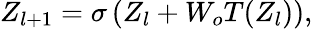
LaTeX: Z_{l+1}=\sigma\left(Z_{l}+W_{o}T(Z_{l})\right),